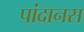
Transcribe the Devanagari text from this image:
पांदानस